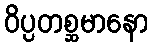
ဝိပ္ပတစ္ဆမာနော